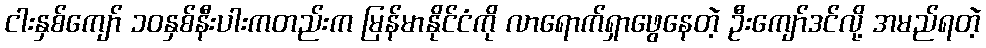
ငါးနှစ်ကျော် ၁၀နှစ်နီးပါးကတည်းက မြန်မာနိုင်ငံကို လာရောက်ရှာဖွေနေတဲ့ ဦးကျော်ဒင်လို့ အမည်ရတဲ့